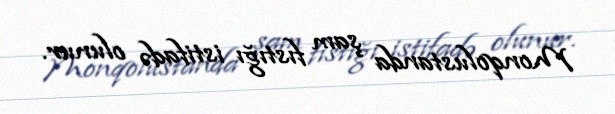
Monqolustanda şam fıstığı istifadə olunur.